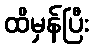
ထိမှန်ပြီး